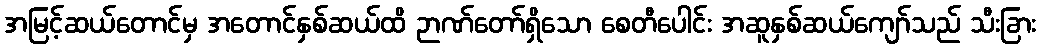
အမြင့်ဆယ်တောင်မှ အတောင်နှစ်ဆယ်ထိ ဉာဏ်တော်ရှိသော စေတီပေါင်း အဆူနှစ်ဆယ်ကျော်သည် သီးခြား